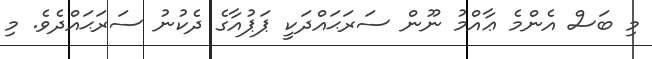
މި ބަސް އެންމެ ޢާއްމު ނޫން ސަރަޙައްދަކީ ޕަޕުއާގެ ދެކުނު ސަރަޙައްދެވެ. މި